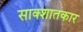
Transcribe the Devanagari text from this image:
साक्शातकार